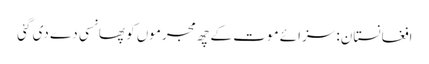
افغانستان: سزائے موت کے چھ مجرموں کو پھانسی دے دی گئی